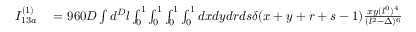
\begin{array} { r l } { I _ { 1 3 a } ^ { ( 1 ) } } & { { } = 9 6 0 D \int d ^ { D } l \int _ { 0 } ^ { 1 } \int _ { 0 } ^ { 1 } \int _ { 0 } ^ { 1 } \int _ { 0 } ^ { 1 } d x d y d r d s \delta ( x + y + r + s - 1 ) \frac { x y ( l ^ { 0 } ) ^ { 4 } } { ( l ^ { 2 } - \Delta ) ^ { 6 } } } \end{array}